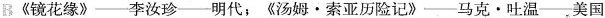
B《镜花缘》——李汝珍——明代，《汤姆·索亚历险记》——马克·吐温——美国